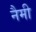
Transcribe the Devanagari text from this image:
नैमी